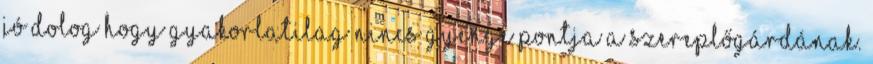
Jó dolog hogy gyakorlatilag nincs gyenge pontja a szereplőgárdának.